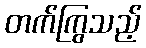
တက်ကြွသည့်